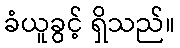
ခံယူခွင့် ရှိသည်။